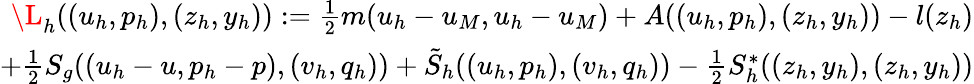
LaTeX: \begin{array}{r}{\L_{h}(({u}_{h},p_{h}),({z}_{h},y_{h})):=\frac{1}{2}m({u}_{h}-{{u}}_{M},{u}_{h}-{{u}}_{M})+A(({u}_{h},p_{h}),({z}_{h},y_{h}))-l(z_{h})}\\ {+\frac{1}{2}S_{g}(({u}_{h}-u,p_{h}-p),({v}_{h},q_{h}))+\tilde{S}_{h}(({u}_{h},p_{h}),({v}_{h},q_{h}))-\frac{1}{2}S_{h}^{\ast}(({z}_{h},y_{h}),({z}_{h},y_{h}))}\end{array}